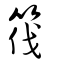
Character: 筏